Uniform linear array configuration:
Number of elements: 4
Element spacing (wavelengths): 0.5
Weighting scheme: uniform
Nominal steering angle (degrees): -60
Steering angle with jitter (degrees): -60.916
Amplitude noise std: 0.05
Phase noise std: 0.05

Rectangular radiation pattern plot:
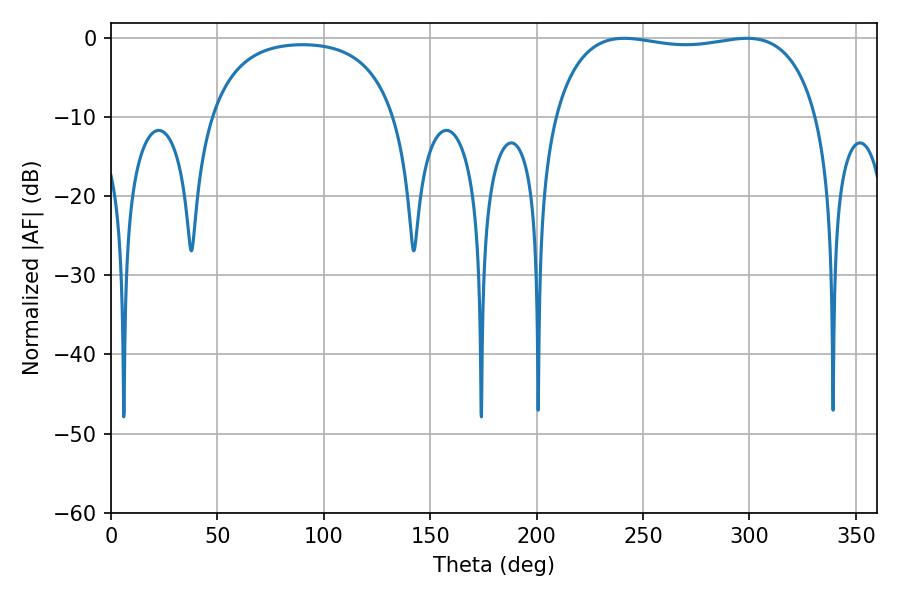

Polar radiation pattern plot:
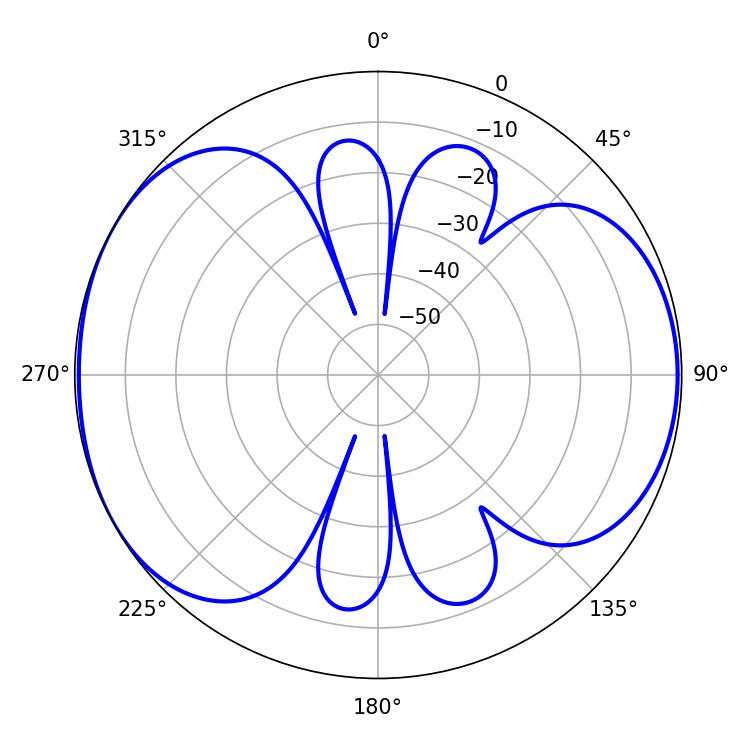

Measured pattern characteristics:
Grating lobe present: FALSE
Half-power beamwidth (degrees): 99.72
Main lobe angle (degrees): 241.2